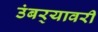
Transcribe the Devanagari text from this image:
उंबर्‍यावरी